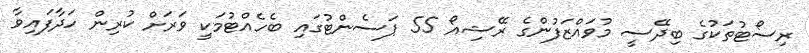
ރިސޯޓުތަކުގެ ބިދޭސީ މުވައްޒަފުންގެ ރޭޝިއޯ 55 ޕަސެންޓުގައި ބެހެއްޓުމަކީ ވަރަށް ކުރިން ހަދާފައިވާ